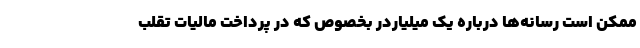
ممکن است رسانه‌ها درباره یک میلیاردر بخصوص که در پرداخت مالیات تقلب